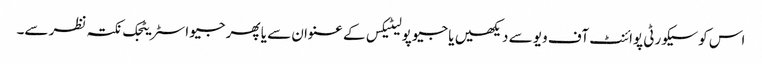
اس کو سیکورٹی پوائنٹ آف ویو سے دیکھیں یا جیو پولیٹیکس کے عنوان سے یا پھر جیو اسٹریٹجک نکتہ نظر سے۔